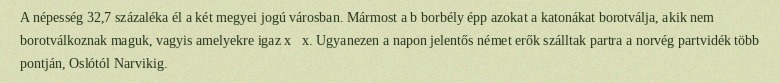
A népesség 32,7 százaléka él a két megyei jogú városban. Mármost a b borbély épp azokat a katonákat borotválja, akik nem borotválkoznak maguk, vagyis amelyekre igaz x∉x. Ugyanezen a napon jelentős német erők szálltak partra a norvég partvidék több pontján, Oslótól Narvikig.